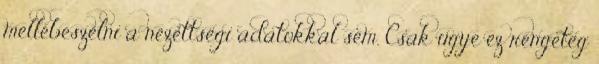
mellébeszélni a nézettségi adatokkal sem. Csak ugye ez rengeteg